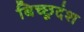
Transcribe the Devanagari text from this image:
बिच्छूदंश